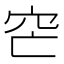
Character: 𥤩